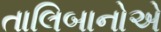
તાલિબાનોએ